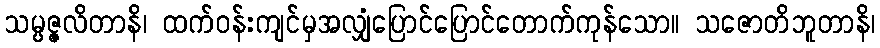
သမ္ပဇ္ဇလိတာနိ၊ ထက်ဝန်းကျင်မှအလျှံပြောင်ပြောင်တောက်ကုန်သော။ သဇောတိဘူတာနိ၊